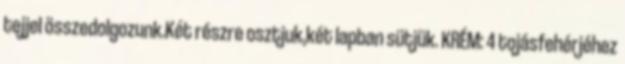
tejjel összedolgozunk.Két részre osztjuk,két lapban sütjük. KRÉM: 4 tojásfehérjéhez